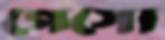
গেসো